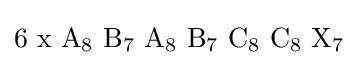
\mathrm {6\,\,x\,\,A_{8}\,\,B_{7}\,\,A_{8}\,\,B_{7}\,\,C_{8}\,\,C_{8}\,\,X_{7}}